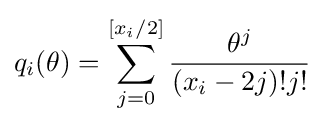
q_{i}(\theta )=\sum _{j=0}^{[x_{i}/2]}{\frac {\theta ^{j}}{(x_{i}-2j)!j!}}